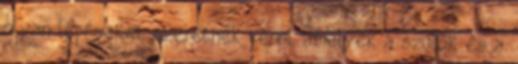
olyan lépéseket szeretnék tenni, amelyek a szülők és a